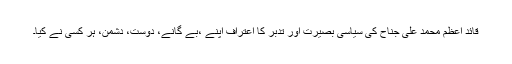
قائدِ اعظم محمد علی جناح کی سیاسی بصیرت اور تدبر کا اعتراف اپنے ،بے گانے، دوست، دشمن، ہر کسی نے کیا۔